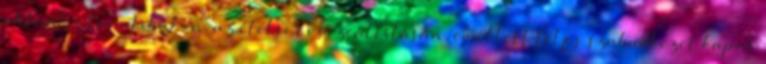
aktuális tematikákon, az ételsor összeállításán, emellett teljes szabadkezet kapok